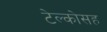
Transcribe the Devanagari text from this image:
टेल्कोसह